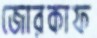
জোরকাফ